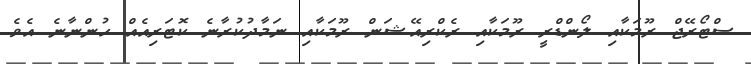
ސްޓޯރޭޖް ރޫމަކާއި ލޯންޑްރީ ރޫމަކާއި ރެކްރިއޭޝަން ރޫމަކާއި ނަމާދުކުރާނެ ކޮޓަރިއެއް ހުންނާނެ އެވެ.